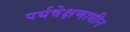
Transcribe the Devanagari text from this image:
पर्यवेक्षणाधीन